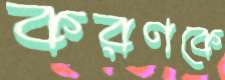
করণকে